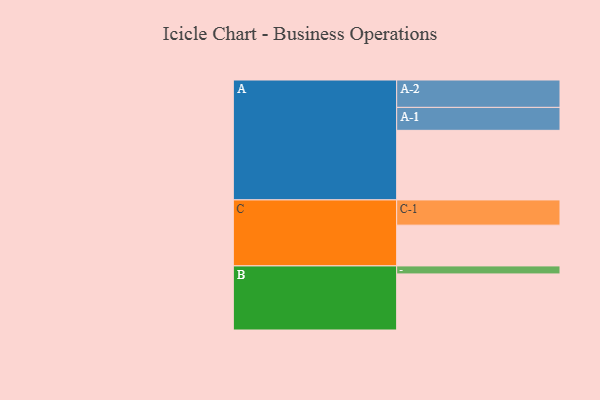
{"axis": {"x": "Segment", "y": "Value"}, "legend": ["", "A", "B", "C"], "data": [{"x": "A", "y": 582, "type": ""}, {"x": "B", "y": 469, "type": ""}, {"x": "C", "y": 341, "type": ""}, {"x": "A-1", "y": 192, "type": "A"}, {"x": "A-2", "y": 229, "type": "A"}, {"x": "B-1", "y": 67, "type": "B"}, {"x": "C-1", "y": 211, "type": "C"}]}